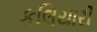
કલિયારી